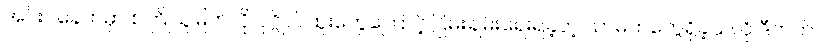
အင်းဝခေတ်မှာ စကြိုသူမြတ်လို ပုဂ္ဂိုလ်ထူးတွေကြောင့် ငြိမ်းချမ်းရေးရခဲ့တဲ့ သာဓကတွေရှိခဲ့သလို ဒီဘက်